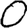
Digit: 0